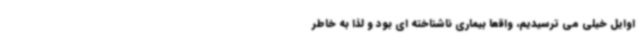
اوایل خیلی می ترسیدیم، واقعا بیماری ناشناخته ای بود و لذا به خاطر